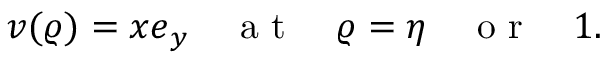
\boldsymbol { v } ( \varrho ) = x \boldsymbol { e } _ { y } \quad \mathrm { ~ a ~ t ~ } \quad \varrho = \eta \quad \mathrm { ~ o ~ r ~ } \quad 1 .